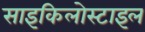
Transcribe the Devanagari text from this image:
साइकिलोस्टाइल